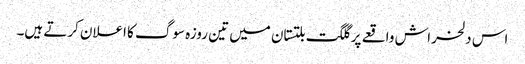
اس دلخراش واقعے پر گلگت بلتستان میں تین روزہ سوگ کا اعلان کرتے ہیں۔